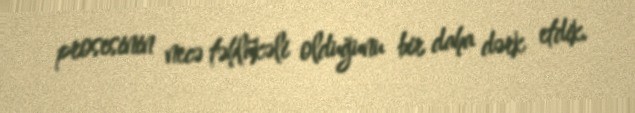
prosesinin necə təhlükəli olduğunu bir daha dərk etdik.